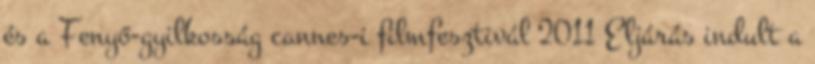
és a Fenyő-gyilkosság cannes-i filmfesztivál 2011 Eljárás indult a